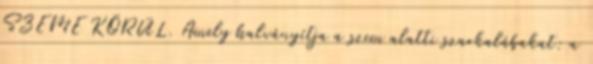
SZEME KÖRÜL. Amely halványítja a szem alatti szarkalábakat: a